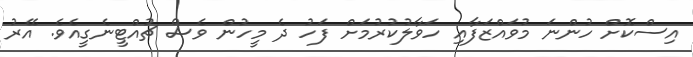
އިސްކޮށް ހުންނަ މުވައްޒަފާއި ހަވާލުކުރުމަށް ފަހު ދެ މީހުން ވެސް ޗުއްޓީނެގީއެވެ. އޭރު